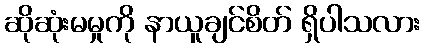
ဆိုဆုံးမမှုကို နာယူချင်စိတ် ရှိပါသလား